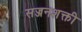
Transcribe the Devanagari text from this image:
सज्जनशक्ती